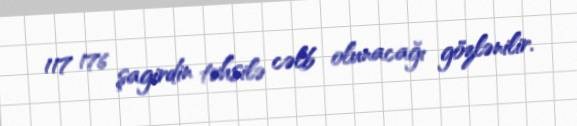
117 176 şagirdin təhsilə cəlb olunacağı gözlənilir.